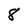
Character: 8